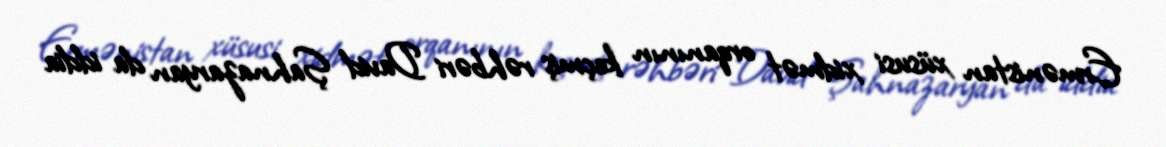
Ermənistan xüsusi xidmət orqanının keçmiş rəhbəri David Şahnazaryan da iddia